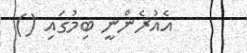
އެއުރެންނީ ބިމުގައި ()